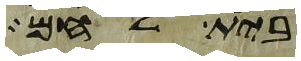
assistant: בית לחם